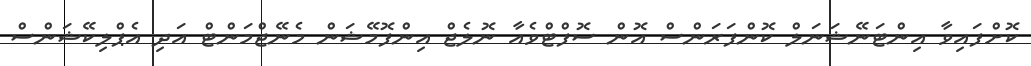
ކޮށްފައިވާ އިންޓަނޭޝަނަލް ކޮންފަރަންސް އޮން ސޮފްޓްވެއާ ނޮލެޖް އިންފޮމޭޝަން މެނޭޖްމަންޓް އަދި އެޕްލިކޭޝަންސް